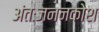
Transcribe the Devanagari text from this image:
अंतःजननकोश